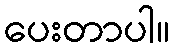
ပေးတာပါ။